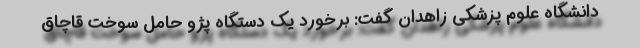
دانشگاه علوم پزشکی زاهدان گفت: برخورد یک دستگاه پژو حامل سوخت قاچاق